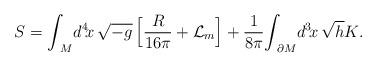
LaTeX: \begin{align*}S = {\int}_{\!\!M} d^4\! x \, \sqrt{-g}\,\Big[ {R \over 16 \pi} + {\cal L}_{m} \Big] + \frac{1}{8{\pi}}{\int}_{\!\!\partial M} d^{3}\!x\, \sqrt{h}K.\end{align*}